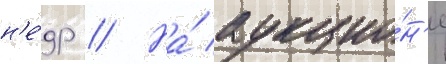
н'е́др // На́ аукцио́н'е